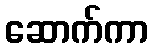
ဆောက်ကာ